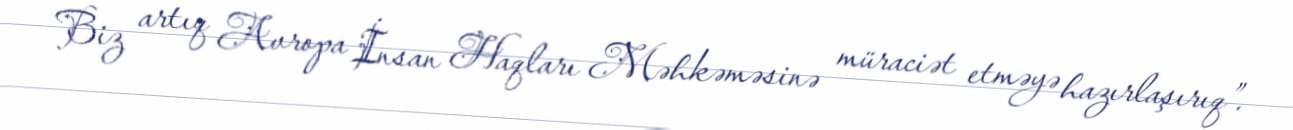
Biz artıq Avropa İnsan Haqları Məhkəməsinə müraciət etməyə hazırlaşırıq”.